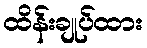
ထိန်းချုပ်ထား